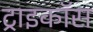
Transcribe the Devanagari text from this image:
ट्राइकॉस